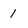
Character: 1